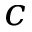
c